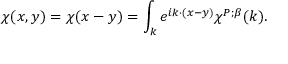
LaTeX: \chi ( x , y ) = \chi ( x - y ) = \int _ { k } e ^ { i k \cdot ( x - y ) } \chi ^ { P ; \beta } ( k ) .